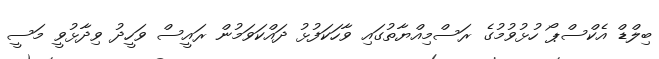
ބިލްޑް އެކްސްޕޯ ހުޅުވުމުގެ ރަސްމިއްޔާތުގައި ވާހަކަފުޅު ދައްކަވަމުން ރައީސް ވަހީދު ވިދާޅުވީ މަސީ